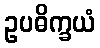
ဥပဓိက္ခယံ